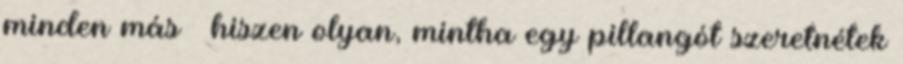
minden más – hiszen olyan, mintha egy pillangót szeretnétek